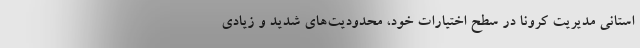
استانی مدیریت کرونا در سطح اختیارات خود، محدودیت‌های شدید و زیادی